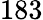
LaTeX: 183